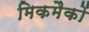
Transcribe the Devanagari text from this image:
मिकमैकों